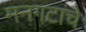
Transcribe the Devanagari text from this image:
मनगटाचे